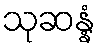
သုဆန္နံ